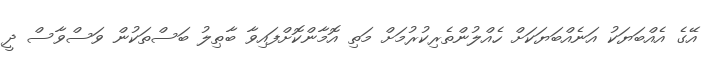
އޭގެ އެއްބަޔަކު އަނެއްބަޔަކަށް ހެއްލުންތެރިކުރުމަށް މަތި އޮމާންކޮށްފައިވާ ބާޠިލު ބަސްތަކުން ވަސްވާސް ދީ